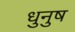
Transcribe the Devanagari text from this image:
धुनुष